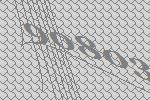
90803